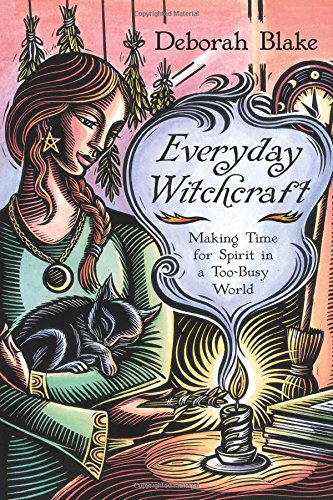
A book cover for Everyday Witchcraft: Making Time for Spirit in a Too-Busy World; Deborah Blake; Religion & Spirituality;